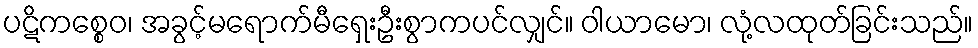
ပဋိကစ္စေဝ၊ အခွင့်မရောက်မီရှေးဦးစွာကပင်လျှင်။ ဝါယာမော၊ လုံ့လထုတ်ခြင်းသည်။